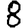
Digit: 8